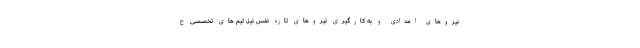
نیروهای امدادی و به کارگیری نیروهای تازه نفس نیز، تیم های تخصصی ج